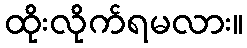
ထိုးလိုက်ရမလား။